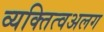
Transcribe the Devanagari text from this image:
व्यक्तित्वअलग